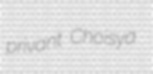
privant Choisya